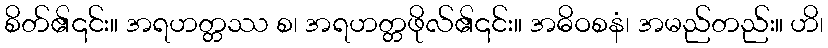
စိတ်၏၎င်း။ အရဟတ္တဿ စ၊ အရဟတ္တဖိုလ်၏၎င်း။ အဓိဝစနံ၊ အမည်တည်း။ ဟိ၊